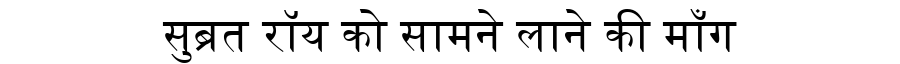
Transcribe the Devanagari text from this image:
सुब्रत रॉय को सामने लाने की माँग